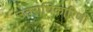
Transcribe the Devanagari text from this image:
उतराधिकारिणी